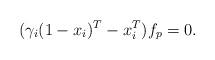
LaTeX: \begin{align*}(\gamma_i (1-x_i)^T - x_i^T) f_p = 0.\end{align*}